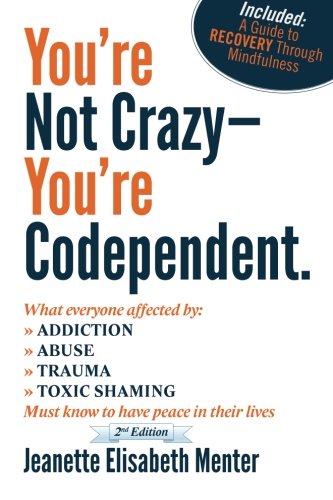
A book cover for You're Not Crazy - You're Codependent.: What Everyone Affected by Addiction, Abuse, Trauma or Toxic Shaming Must know to have peace in their lives; Jeanette Elisabeth Menter; Self-Help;